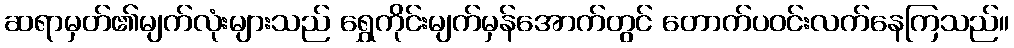
ဆရာမှတ်၏မျက်လုံးများသည် ရွှေကိုင်းမျက်မှန်အောက်တွင် တောက်ပဝင်းလက်နေကြသည်။